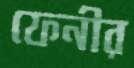
ফেনীর